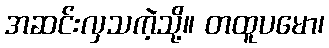
အဆင်းလှသကဲ့သို့။ တထူပမော၊